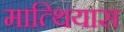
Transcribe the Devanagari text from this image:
मात्थियास